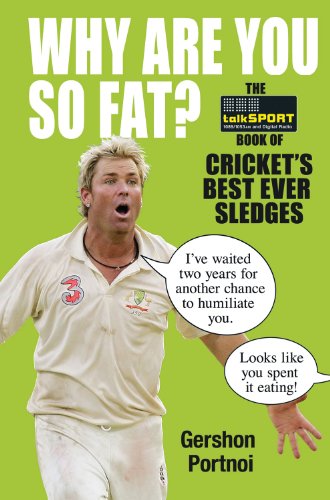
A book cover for Why Are You So Fat?: The  Book of Cricket's Best Ever Sledges; talkSPORT; Sports & Outdoors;